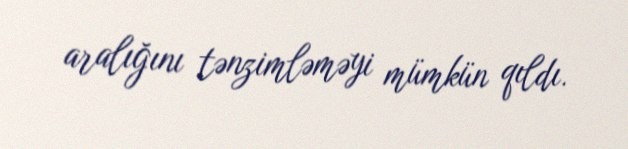
aralığını tənzimləməyi mümkün qıldı.